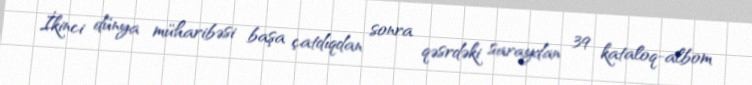
İkinci dünya müharibəsi başa çatdıqdan sonra qəsrdəki saraydan 39 kataloq-albom